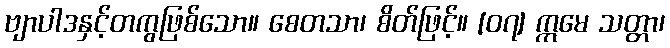
ဗျာပါဒနှင့်တကွဖြစ်သော။ စေတသာ၊ စိတ်ဖြင့်။ [၀၇] ဣမေ သတ္တာ၊